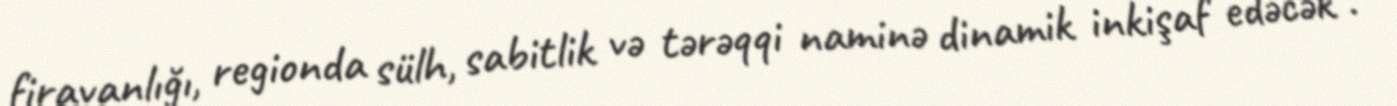
firavanlığı, regionda sülh, sabitlik və tərəqqi naminə dinamik inkişaf edəcək".